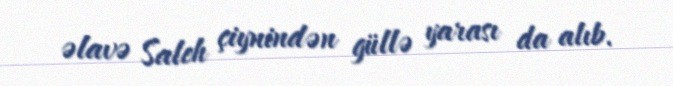
əlavə Saleh çiynindən güllə yarası da alıb.